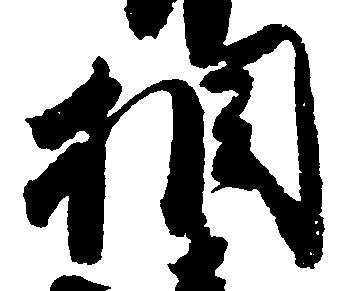
相